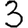
Digit: 3